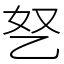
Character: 㐐